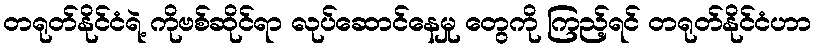
တရုတ်နိုင်ငံရဲ့ ကိုဗစ်ဆိုင်ရာ လုပ်ဆောင်နေမှု တွေကို ကြည့်ရင် တရုတ်နိုင်ငံဟာ